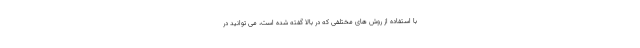
با استفاده از روش های مختلفی که در بالا گفته شده است، می توانید در